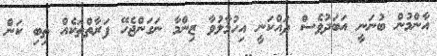
އާންމުން ބުނަނީ އަބަދުވެސް ދައްކަނީ އިހުމާލުވާ ޒިންމާ ނަގަންޖެހޭ ފަރާތްތަކެއް ތިބި ކަން